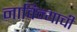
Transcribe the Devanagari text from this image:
नाविन्याची